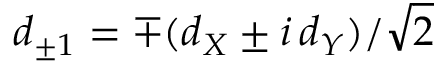
d _ { \pm 1 } = \mp ( d _ { X } \pm i \, d _ { Y } ) / \sqrt { 2 }